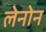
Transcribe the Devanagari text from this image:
लेनोन